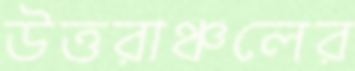
উত্তরাঞ্চলের